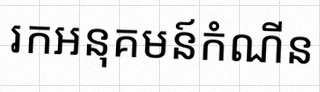
រកអនុគមន៍កំណើន